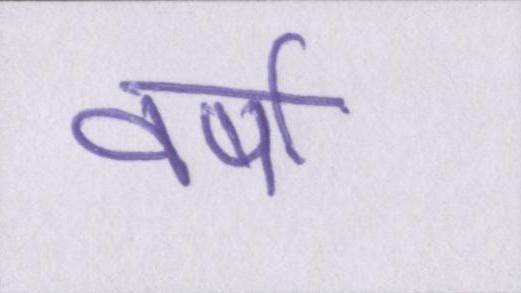
वर्षो